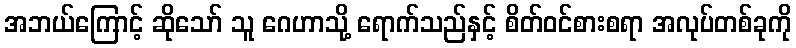
အဘယ်ကြောင့် ဆိုသော် သူ ဂေဟာသို့ ရောက်သည်နှင့် စိတ်ဝင်စားစရာ အလုပ်တစ်ခုကို